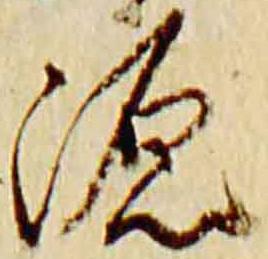
源